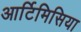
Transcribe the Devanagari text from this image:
आर्टिमिसिया